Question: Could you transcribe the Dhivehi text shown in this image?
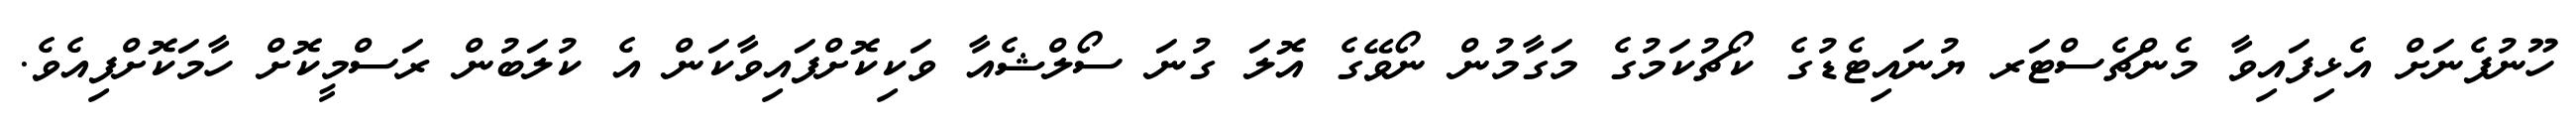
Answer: ހޫނުފެނަށް އެޅިފައިވާ މެންޗެސްޓަރ ޔުނައިޓެޑުގެ ކޯޗުކަމުގެ މަގާމުން ނޯވޭގެ އޮލަ ގުނަ ސޯލްޝެއާ ވަކިކޮށްފައިވާކަން އެ ކުލަބުން ރަސްމީކޮށް ހާމަކޮށްފިއެވެ.